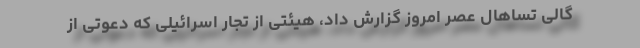
گالی تساهال عصر امروز گزارش داد، هیئتی از تجار اسرائیلی که دعوتی از